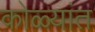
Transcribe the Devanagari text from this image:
कोळ्यांत